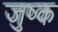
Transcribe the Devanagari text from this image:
जुष्क